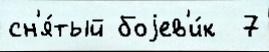
сн'я́тый боjев'и́к  7